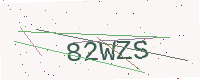
Text: 82WZS